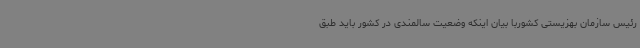
رئیس سازمان بهزیستی کشوربا بیان اینکه وضعیت سالمندی در کشور باید طبق